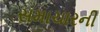
સમાચારની